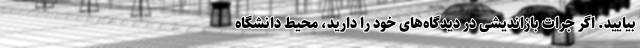
بیایید. اگر جرات بازاندیشی در دیدگاه‌های خود را دارید، محیط دانشگاه